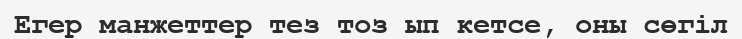
Егер манжеттер тез тоз ып кетсе, оны сөгіл